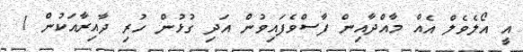
އީ އޯލެވެލް އެއް މާއްދާއިން ފާސްވެފައިވުން އަދި ގުޅުން ހުރި ދާއިރާއަކުން 1